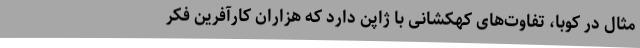
مثال در کوبا، تفاوت‌های کهکشانی با ژاپن دارد که هزاران کارآفرین فکر